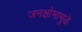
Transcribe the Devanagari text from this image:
जनक्षोभामुळे